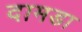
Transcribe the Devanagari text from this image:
दामडा